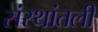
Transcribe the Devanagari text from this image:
संस्थांतली